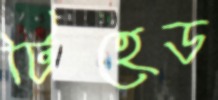
টিহেড